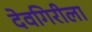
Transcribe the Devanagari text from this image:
देवगिरीला